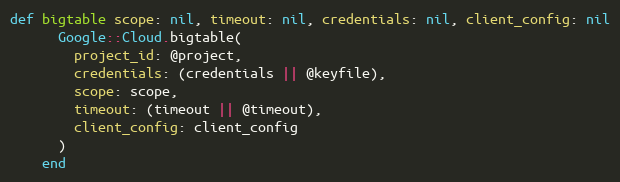
Language: Ruby
def bigtable scope: nil, timeout: nil, credentials: nil, client_config: nil
      Google::Cloud.bigtable(
        project_id: @project,
        credentials: (credentials || @keyfile),
        scope: scope,
        timeout: (timeout || @timeout),
        client_config: client_config
      )
    end